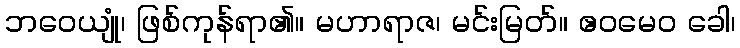
ဘဝေယျုံ၊ ဖြစ်ကုန်ရာ၏။ မဟာရာဇ၊ မင်းမြတ်။ ဧဝမေဝ ခေါ၊